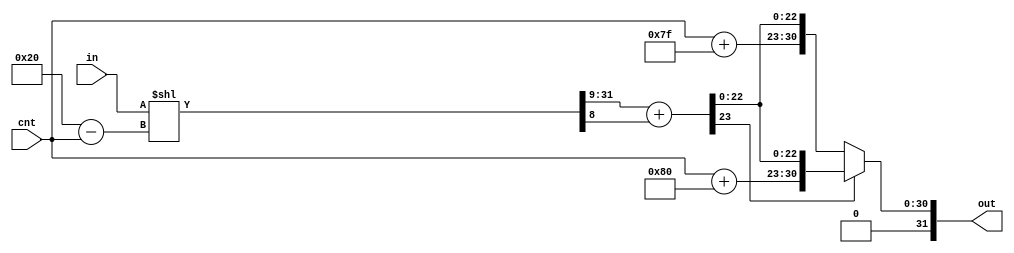
`timescale 1ns / 1ps
//////////////////////////////////////////////////////////////////////////////////
// Company: 
// Engineer: 
// 
// Design Name: 
// Module Name: get_positive_for_ui
// Project Name: 
// Target Devices: 
// Tool Versions: 
// Description: 
// 
// Dependencies: 
// 
// Revision:
// Revision 0.01 - File Created
// Additional Comments:
// 
//////////////////////////////////////////////////////////////////////////////////


module get_positive_for_ui(in,cnt,out);
    input [31:0] in;
    input [7:0] cnt;
    output reg[31:0] out;
    reg [31:0] after_shift;
    reg [7:0] after_add1, after_add2;
    reg [23:0] mantissa;
    always @(*) begin
        after_shift = in << (8'd32 - cnt);
        after_add1 = cnt + 8'd127;
        after_add2 = cnt + 8'd128;
        mantissa = {1'b0,after_shift[31:9]} + {23'd0,after_shift[8]};
        out = mantissa[23] ? {1'b0,after_add2[7:0], mantissa[22:0]}:{1'b0,after_add1[7:0], mantissa[22:0]};
    end
endmodule